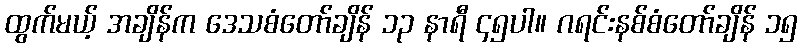
ထွက်မယ့် အချိန်က ဒေသစံတော်ချိန် ၁၃ နာရီ ၄၅ပါ။ ဂရင်းနစ်စံတော်ချိန် ၁၅